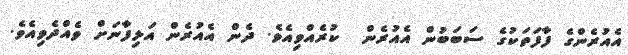
އެއުރެންގެ ފާފަތަކުގެ ސަބަބުން އެއުރެން  ކުރެއްވިއެވެ. ދެން އެއުރެން އަލިފާނަށް ވެއްދެވިއެވެ.